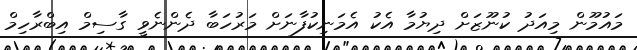
މައުމޫން މިއަދު ކުނޫޒަށް ދިޔުމާ އެކު އެމަނިކުފާނަށް މަރުހަބާ ދެންނެވީ ގާސިމް އިބްރާހިމް